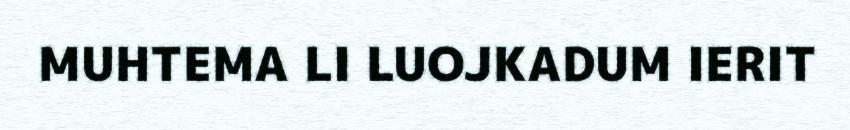
MUHTEMA LI LUOJKADUM IERIT